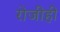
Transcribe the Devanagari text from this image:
रोजीही